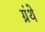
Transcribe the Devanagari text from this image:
ग्रंथे